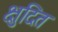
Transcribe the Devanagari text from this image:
क्षुदित